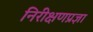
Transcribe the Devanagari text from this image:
निरीक्षणप्रज्ञा